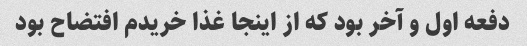
دفعه اول و آخر بود که از اینجا غذا خریدم افتضاح بود